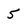
Character: 5